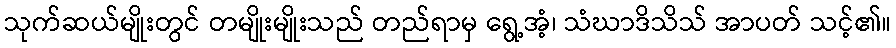
သုက်ဆယ်မျိုးတွင် တမျိုးမျိုးသည် တည်ရာမှ ရွေ့အံ့၊ သံဃာဒိသိသ် အာပတ် သင့်၏။